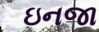
ઇનજા